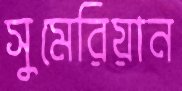
সুমেরিয়ান